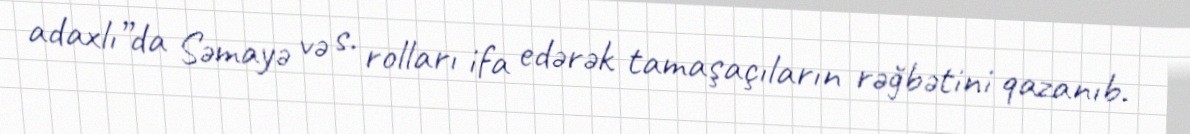
adaxlı”da Səmayə və s. rolları ifa edərək tamaşaçıların rəğbətini qazanıb.